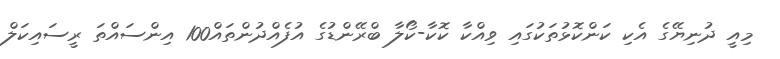
މިއީ ދުނިޔޭގެ އެކި ކަންކޮޅުތަކުގައި ވިއްކާ ކޮކާ-ކޯލާ ބްރޭންޑުގެ އުފެއްދުންތައް100 އިންސައްތަ ރީސައިކަލް